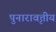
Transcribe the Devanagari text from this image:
पुनारावृत्तीय